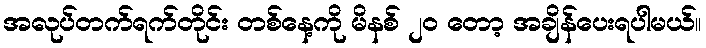
အလုပ်တက်ရက်တိုင်း တစ်နေ့ကို မိနစ် ၂၀ တော့ အချိန်ပေးရပါမယ်။